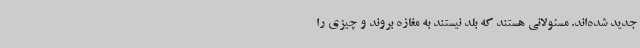
جدید شده‌اند. مسئولانی هستند که بلد نیستند به مغازه بروند و چیزی را